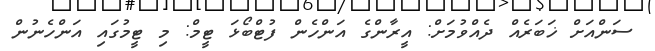
ސަންއަށް ޚަބަރެއް ދެއްވުމަށް: އީރާންގެ އަންހެން ފުޓްބޯޅަ ޓީމް: މި ޓީމުގައި އަންހެނުން